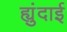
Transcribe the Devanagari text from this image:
ह्युंदाई